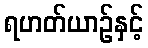
ရဟတ်ယာဉ်နှင့်